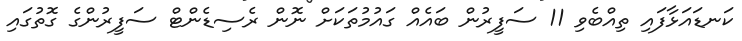
ކަނޑައަޅާފައި ތިއްބެވި 11 ސަފީރުން ބައެއް ގައުމުތަކަށް ނޮން ރެސިޑެންޓް ސަފީރުންގެ ގޮތުގައި